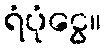
ရံပုံငွေ။